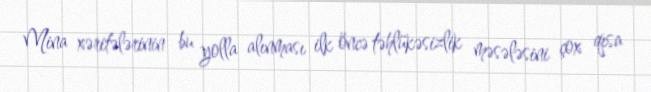
Mina xəritələrinin bu yolla alınması ilk öncə təhlükəsizlik məsələsini çox qısa